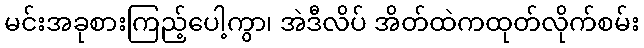
မင်းအခုစားကြည့်ပေါ့ကွာ၊ အဲဒီလိပ် အိတ်ထဲကထုတ်လိုက်စမ်း